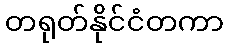
တရုတ်နိုင်ငံတကာ